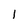
Character: l